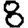
Digit: 8